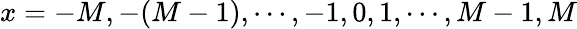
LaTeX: x=-M,-(M-1),\cdots,-1,0,1,\cdots,M-1,M